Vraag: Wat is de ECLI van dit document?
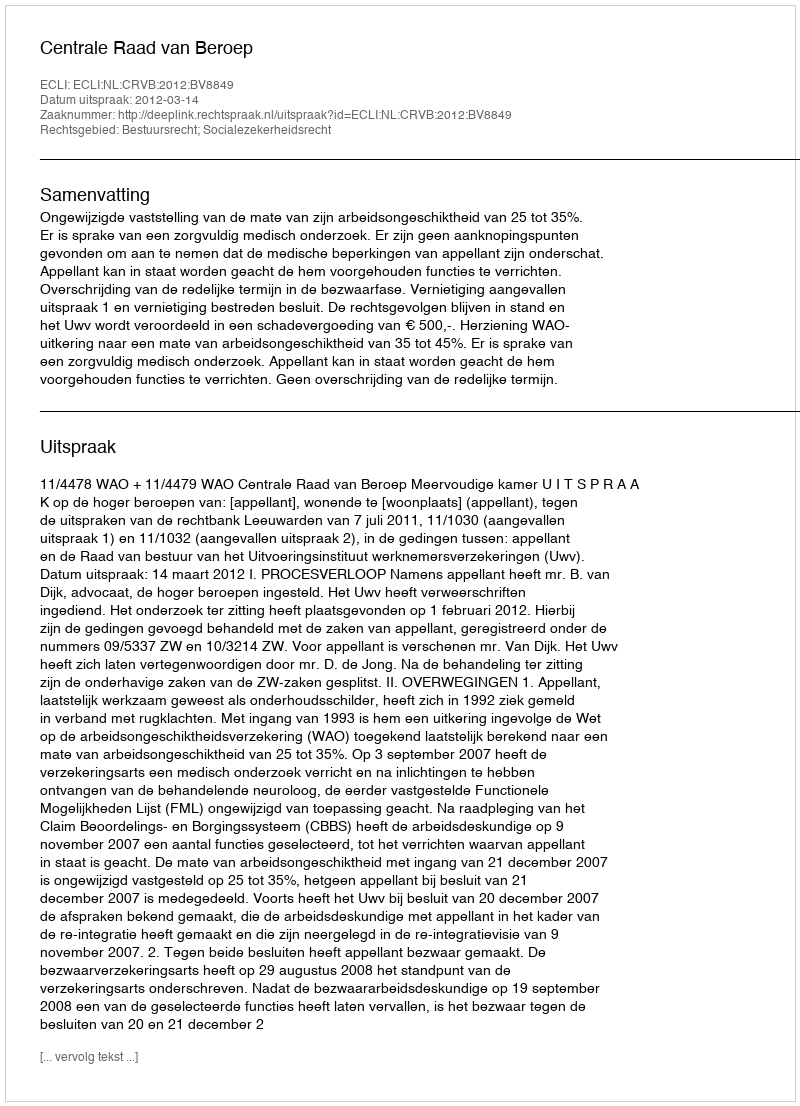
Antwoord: ECLI:NL:CRVB:2012:BV8849